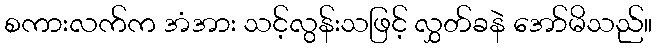
စကားလက်က အံအား သင့်လွန်းသဖြင့် လွှတ်ခနဲ အော်မိသည်။